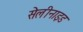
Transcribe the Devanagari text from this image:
सेलीनाइड